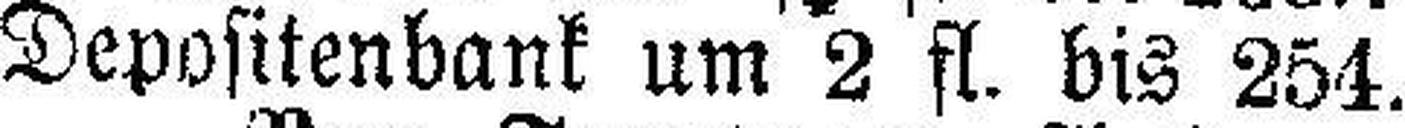
Depositenbank um 2 fl. bis 254.